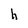
Character: h